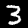
Label: 3